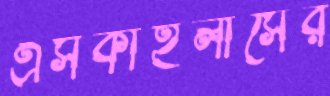
এসকাইলাসের